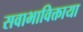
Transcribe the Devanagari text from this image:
सवाभाविक्ताया